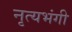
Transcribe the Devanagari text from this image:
नृत्यभंगी